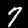
Label: 7